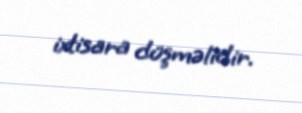
ixtisara düşməlidir.